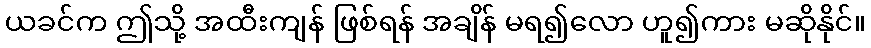
ယခင်က ဤသို့ အထီးကျန် ဖြစ်ရန် အချိန် မရ၍လော ဟူ၍ကား မဆိုနိုင်။